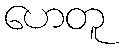
ဟေတူ